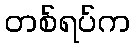
တစ်ရပ်က